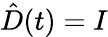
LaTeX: \hat{D}(t)=I